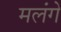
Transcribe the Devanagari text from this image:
मलंगे